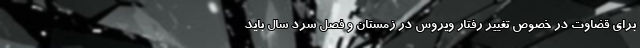
برای قضاوت در خصوص تغییر رفتار ویروس در زمستان و فصل سرد سال باید